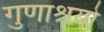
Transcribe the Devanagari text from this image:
गुणाश्रयो